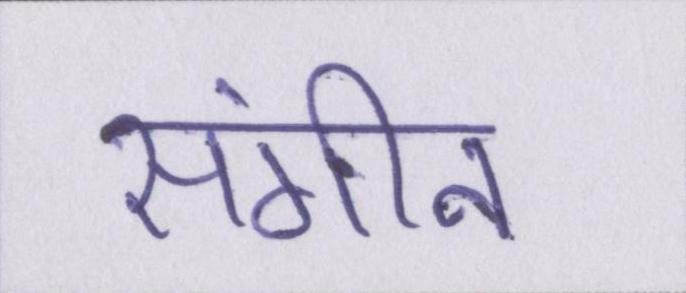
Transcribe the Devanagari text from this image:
संगीन